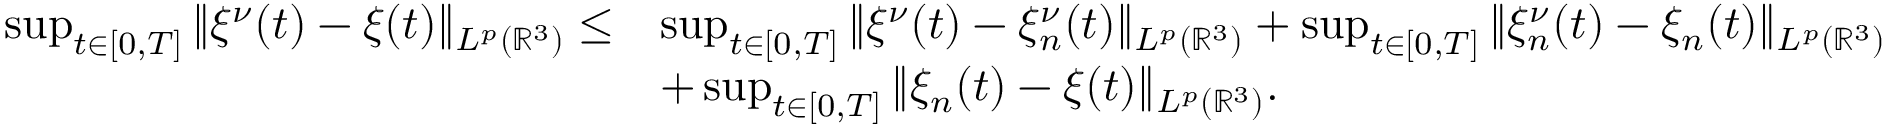
\begin{array} { r l } { \operatorname* { s u p } _ { t \in [ 0 , T ] } \| \xi ^ { \nu } ( t ) - \xi ( t ) \| _ { L ^ { p } ( \mathbb { R } ^ { 3 } ) } \leq } & { \operatorname* { s u p } _ { t \in [ 0 , T ] } \| \xi ^ { \nu } ( t ) - \xi _ { n } ^ { \nu } ( t ) \| _ { L ^ { p } ( \mathbb { R } ^ { 3 } ) } + \operatorname* { s u p } _ { t \in [ 0 , T ] } \| \xi _ { n } ^ { \nu } ( t ) - \xi _ { n } ( t ) \| _ { L ^ { p } ( \mathbb { R } ^ { 3 } ) } } \\ & { + \operatorname* { s u p } _ { t \in [ 0 , T ] } \| \xi _ { n } ( t ) - \xi ( t ) \| _ { L ^ { p } ( \mathbb { R } ^ { 3 } ) } . } \end{array}